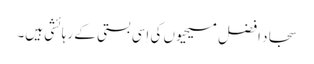
سجاد افضل مسیحیوں کی اِسی بستی کے رہائشی ہیں۔